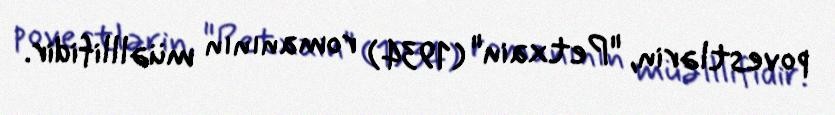
povestlərin, "Petxain" (1934) romanının müəlllifidir.